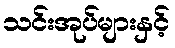
သင်းအုပ်များနှင့်